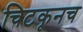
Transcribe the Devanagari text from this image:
चिटकूनच